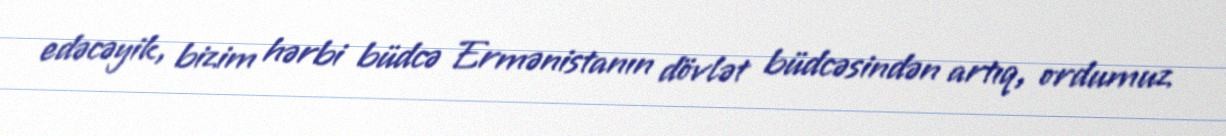
edəcəyik, bizim hərbi büdcə Ermənistanın dövlət büdcəsindən artıq, ordumuz